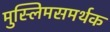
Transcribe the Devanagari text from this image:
मुस्लिमसमर्थक